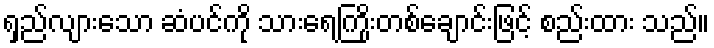
ရှည်လျားသော ဆံပင်ကို သားရေကြိုးတစ်ချောင်းဖြင့် စည်းထား သည်။